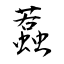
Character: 蠚